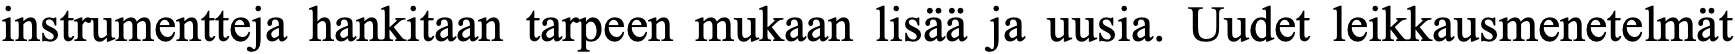
instrumentteja hankitaan tarpeen mukaan lisää ja uusia. Uudet leikkausmenetelmät